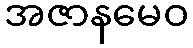
အဇာနမေဝ